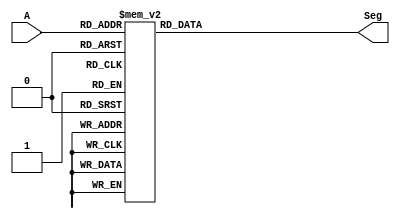
module sevenSeg(input [3:0]A, output reg [0:6] Seg);
	always @(A) begin		
		case (A) //check what the value of A is and display on the sevenSeg
			0: begin                
				Seg = 7'b0000001;       
				end
			1: begin                
				Seg = 7'b1001111;       
				end
			2: begin               
				Seg = 7'b0010010;
				end
			3: begin                
				Seg = 7'b0000110;
				end
			4: begin                
				Seg = 7'b1001100;
				end
			5: begin
				Seg = 7'b0100100;
				end
			6: begin   
				Seg = 7'b0100000;
				end
			7: begin
				Seg = 7'b0001111;
				end
			8: begin
				Seg = 7'b0000000;
				end
			9: begin
				Seg = 7'b0000100;
				end
			10: begin //overflow incase 10 is entered - just stay at 9
				Seg = 7'b0000100;
				end
			11: begin //if A is 11 then turn the display off
				Seg = 7'b1111111;
				end
			default: begin
				Seg = 7'b1111111;
				end
					
		endcase
	end
endmodule